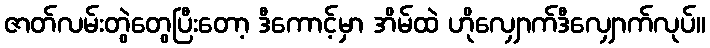
ဇာတ်လမ်းတွဲတွေပြီးတော့ ဒီကောင့်မှာ အိမ်ထဲ ဟိုလျှောက်ဒီလျှောက်လုပ်။